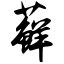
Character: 藓